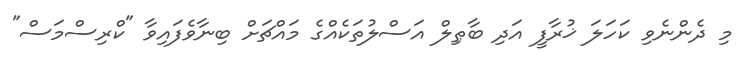
މި ދެންނެވި ކަހަލަ ޚުރާފީ އަދި ބާޠިލް އަސްލުތަކެއްގެ މައްޗަށް ބިނާވެފައިވާ "ކްރިސްމަސް"